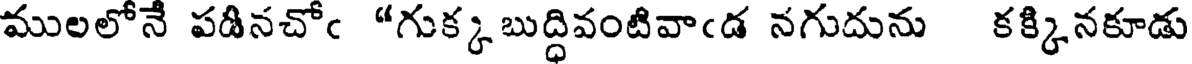
ములలోనే పడినచోఁ "గుక్క బుద్ధివంటివాఁడ నగుదును కక్కినకూడు